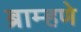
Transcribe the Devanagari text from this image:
ब्राम्हणे